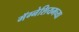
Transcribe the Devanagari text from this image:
मॅग्नेशियमच्या